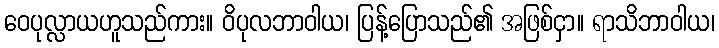
ဝေပုလ္လာယဟူသည်ကား။ ဝိပုလဘာဝါယ၊ ပြန့်ပြောသည်၏ အဖြစ်ငှာ။ ရာသိဘာဝါယ၊